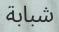
شبابة